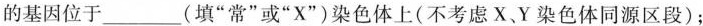
的基因位于___(填”常”或”X”)染色体上(不考虑X.Y染色体同源区段)；